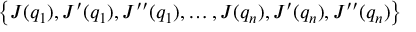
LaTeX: \left\{ J ( q _ { 1 } ) , J ^ { \prime } ( q _ { 1 } ) , J ^ { \prime \prime } ( q _ { 1 } ) , \ldots , J ( q _ { n } ) , J ^ { \prime } ( q _ { n } ) , J ^ { \prime \prime } ( q _ { n } ) \right\}